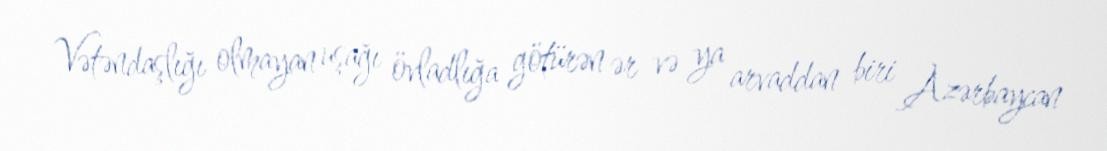
Vətəndaşlığı olmayan uşağı övladlığa götürən ər və ya arvaddan biri Azərbaycan